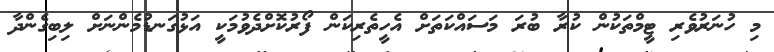
މި ހުނަރުވެރި ޓީމްތަކުން ކުރާ ބުރަ މަސައްކަތަށް އެހީތެރިކަން ފޯރުކޮށްދެވުމަކީ އަޅުގަނޑުމެންނަށް ލިބިގެންދާ